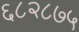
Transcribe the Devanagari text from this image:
६८२८७५